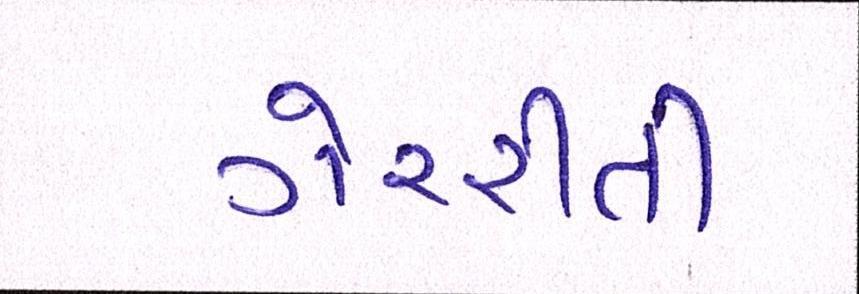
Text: ગેરરીતી